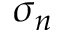
\sigma _ { n }